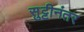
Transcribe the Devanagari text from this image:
सुट्टीनंतर